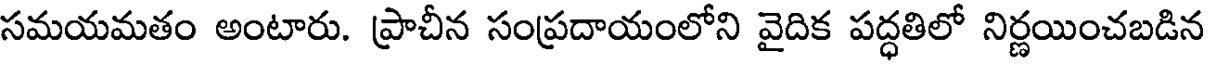
సమయమతం అంటారు. ప్రాచీన సంప్రదాయంలోని వైదిక పద్ధతిలో నిర్ణయించబడిన